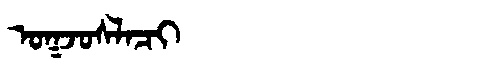
Manchu: ᠣᡴᠵᠣᠰᠯᠠᠴᡳ
Romanization: OKJOSLACI